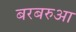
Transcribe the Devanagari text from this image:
बरबरुआ